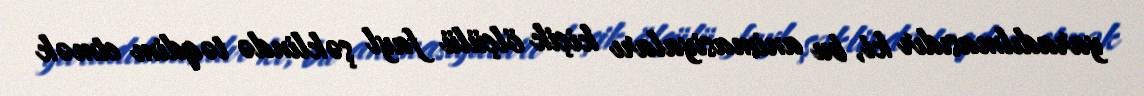
yaradılmasıdır ki, bu animasiyaları kiçik ölçülü fayl şəklində təqdim etmək